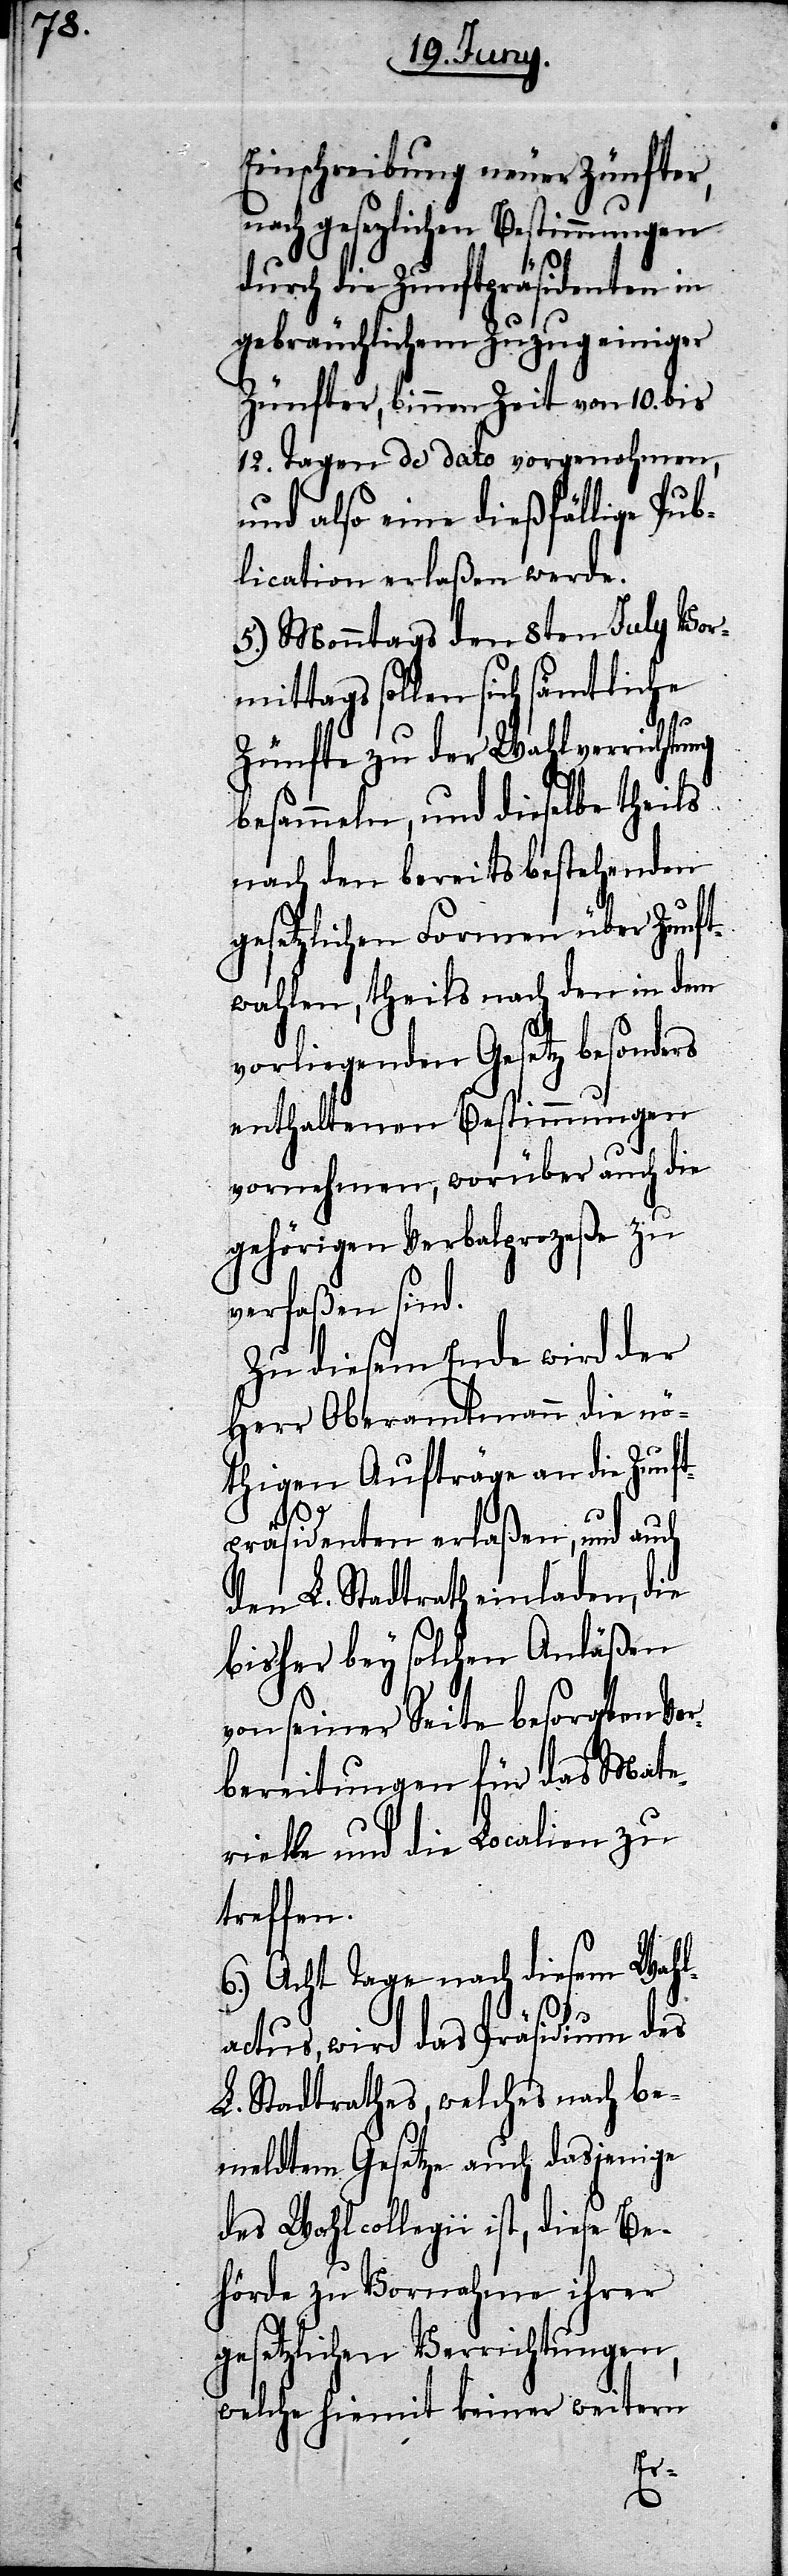
Einschreibung neuer Zünfter,
nach gesetzlichen Bestimmungen
durch die Zunftpräsidenten in
gebräuchlichem Zuzug einiger
Zünfter, binnen Zeit von 10. bis
12. Tagen de dato vorgenohmen,
und also eine dießfällige Pub¬
lication erlaßen werde.
5.) Monntags den 8ten July Vor¬
mittags sollen sich sämtliche
Zünfte zu der Wahlverrichtung
besammeln, und dieselbe theils
nach den bereits bestehenden
gesetzlichen Formen über Zunft¬
wahlen, theils nach den in dem
vorliegenden Gesetz besonders
enthaltenen Bestimmungen
vornehmen, worüber auch die
gehörigen Verbalprozeße zu
verfaßen sind.
6.) Acht Tage nach diesem Wahl¬
actus, wird das Präsidium des
L. Stadtrathes, welches nach be¬
meldtem Gesetze auch dasjenige
des Wahlcollegii ist, diese Be¬
hörde zu Vornahme ihrer
gesetzlichen Verrichtungen,
welche hiemit keiner weitern